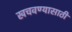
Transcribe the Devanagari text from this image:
खचवण्यासाठी